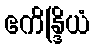
ဧကိန္ဒြိယံ